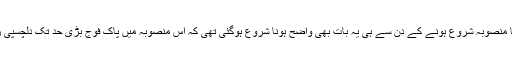
سی پیک کا منصوبہ شروع ہونے کے دن سے ہی یہ بات بھی واضح ہونا شروع ہوگئی تھی کہ اس منصوبہ میں پاک فوج بڑی حد تک دلچسپی رکھتی ہے۔